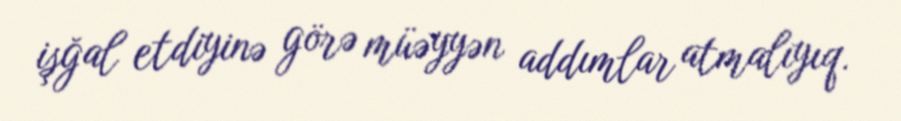
işğal etdiyinə görə müəyyən addımlar atmalıyıq.